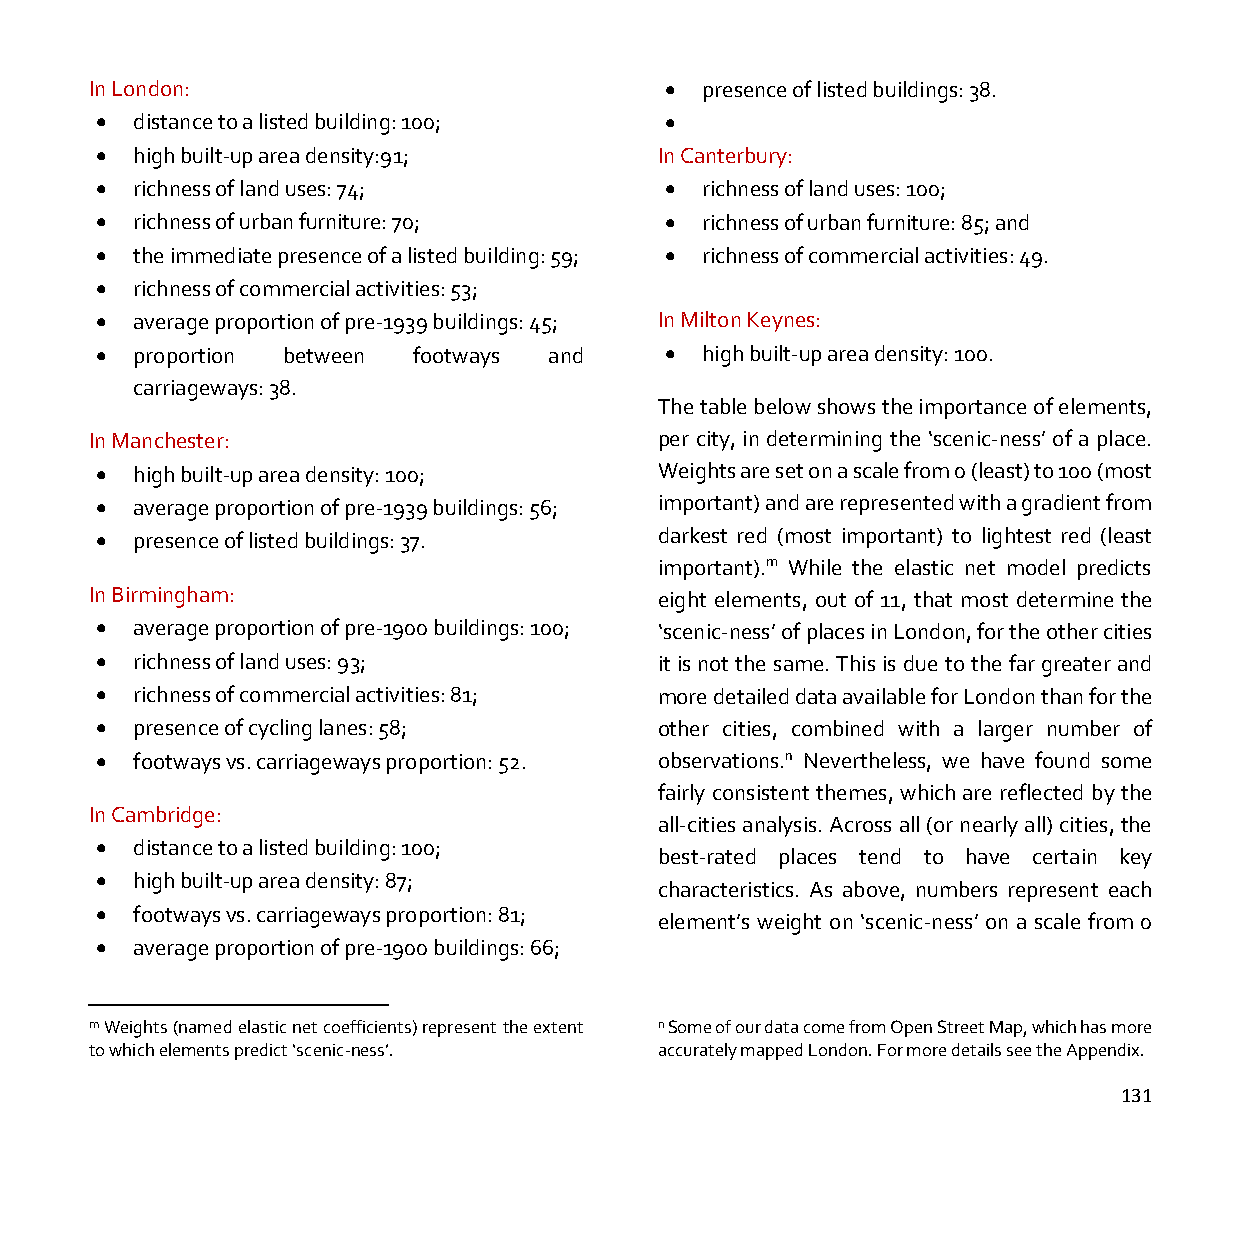
In London:                            • presence of listed buildings: 38.
 •  distance to a listed building: 100; •
 •  high built-up area density:91;     In Canterbury:
 •  richness of land uses: 74;         • richness of land uses: 100;
 •  richness of urban furniture: 70;   • richness of urban furniture: 85; and
 •  the immediate presence of a listed building: 59; • richness of commercial activities: 49.
 •  richness of commercial activities: 53;
 •  average proportion of pre-1939 buildings: 45; In Milton Keynes:
 •  proportion between footways and    • high built-up area density: 100.
 carriageways: 38.
 The table below shows the importance of elements,
 In Manchester:                        per city, in determining the ‘scenic-ness’ of a place.
 •  high built-up area density: 100;   Weights are set on a scale from 0 (least) to 100 (most
 •  average proportion of pre-1939 buildings: 56; important) and are represented with a gradient from
 •  presence of listed buildings: 37.  darkest red (most important) to lightest red (least
 important).m While the elastic net model predicts
 In Birmingham:                        eight elements, out of 11, that most determine the
 •  average proportion of pre-1900 buildings: 100; ‘scenic-ness’ of places in London, for the other cities
 •  richness of land uses: 93;         it is not the same. This is due to the far greater and
 •  richness of commercial activities: 81; more detailed data available for London than for the
 •  presence of cycling lanes: 58;     other cities, combined with a larger number of
 •  footways vs. carriageways proportion: 52. observations.n Nevertheless, we have found some
 fairly consistent themes, which are reflected by the
 In Cambridge:
 all-cities analysis. Across all (or nearly all) cities, the
 •  distance to a listed building: 100;
 best-rated places tend to have certain key
 •  high built-up area density: 87;
 characteristics. As above, numbers represent each
 •  footways vs. carriageways proportion: 81;
 element’s weight on ‘scenic-ness’ on a scale from 0
 •  average proportion of pre-1900 buildings: 66;
 m Weights (named elastic net coefficients) represent the extent n Some of our data come from Open Street Map, which has more
 to which elements predict ‘scenic-ness’. accurately mapped London. For more details see the Appendix.
 131